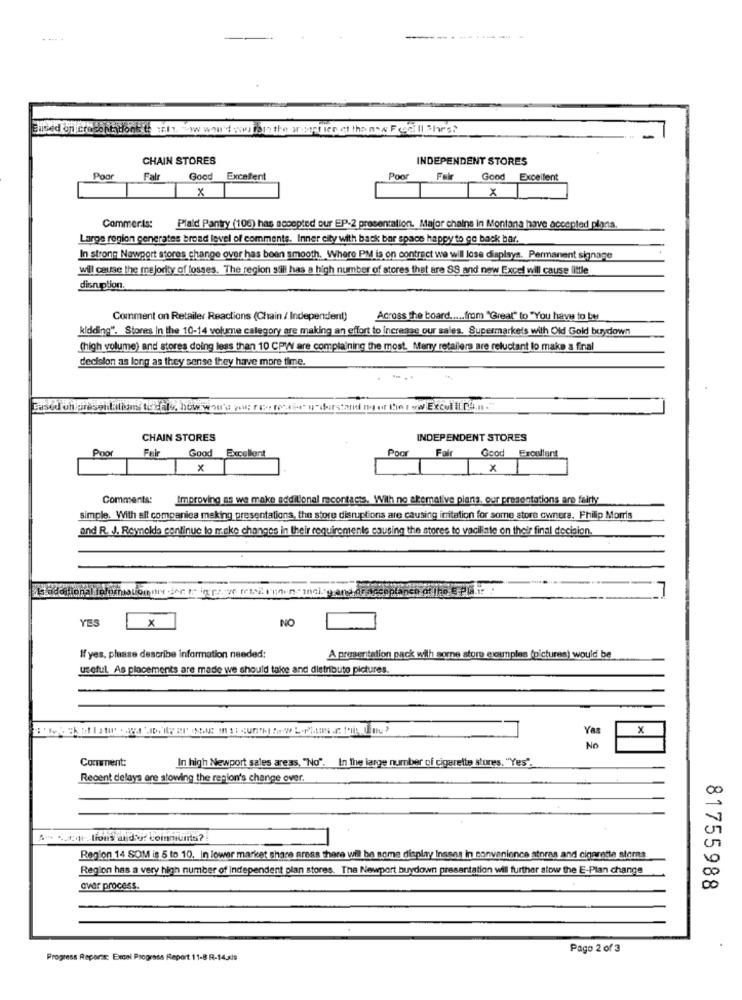
used on cree
il ow won't youto the ar wetter of the new F call She's?
CHAIN STORES
INDEPENDENT STORES
Poor
Fair
Good
Excelent
Poor
Fair
Excellent
x
Commeris: Plaid Pantry (106) has accepted our EP-2 presentationt. Major chains in Montana have accepted plans.
Large region generates broad level of comments. Inner city with back bar space happy to go back bar.
In strong Newport stores change over has been smooth. Where PM la on contract we will lose displays. Permanent signage
will cause the majority of losses. The region sili has a high number of stores that are SS and new Excel will cause little
disruption.
Comment on Retailer Reactions (Chain / Independent)
Across the board ..... from "Great" to "You have to be
kidding". Stores In the 10-14 volume calegory are making an effort to increase our sales. Supermarkets with Old Gold buydown
(high volume) and stores doing less than 10 CPW are complaining the most. Meny retailers are reluctant to make a final
decision as long as they sense they have more time.
. ..
Based on presentation to dal , how.www's yog ni rosas understand na er Itin i ww Excul il r9.n."
CHAIN STORES
INDEPENDENT STORES
Poor
Fair
Poor
Good Excellent
Fair
Good Excellent
x
IX
Comments: Improving as we make additional recontacts. With no altemative plans. our presentations are fairly
simple. With all companies making presentations, the store disruptions are causing imitation for some store owners. Philip Morris
and R. J. Reynolds continue to make changes in their requirements causing the stores to vaciliale on their final decision.
YES
x
NO
If yes, please describe Information needed:
A presentation pack with some store examples (pictures) would be
useful As placements are made we should take and distribute pictures.
Yes
x
NO
Comment:
In high Newport sales areas, "No". In the large number of cigarette stores. "Yes".
Recent delays are stowing the region's change over.
As _ctr. lions aldojf coinmuis?
Region 14 SOM is 5 to 10, In lower market share areas there wil be some display Insens in convenience stores and cigarette storms
Region has a very high number of independent plan stores. The Newport buydown presentation will further stow the E-Plan change
over process.
81755988
Pago 2 of 3
Progress Report: Excel Progress Report 11-8 R-14.xls